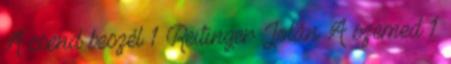
A csend beszél 1 Reitinger Jolán A szemed 1